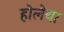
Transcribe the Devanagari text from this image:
होलेया